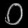
Digit: ၀